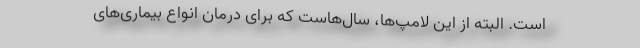
است. البته از این لامپ‌ها،‌ سال‌هاست که برای درمان انواع بیماری‌های